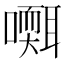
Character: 𡂩